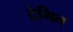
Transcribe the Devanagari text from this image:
देगिल